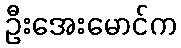
ဦးအေးမောင်က